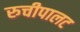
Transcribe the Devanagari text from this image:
रुचीपालट